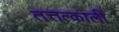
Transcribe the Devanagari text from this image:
तत्तत्कालीं